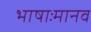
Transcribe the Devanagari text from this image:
भाषाःमानव